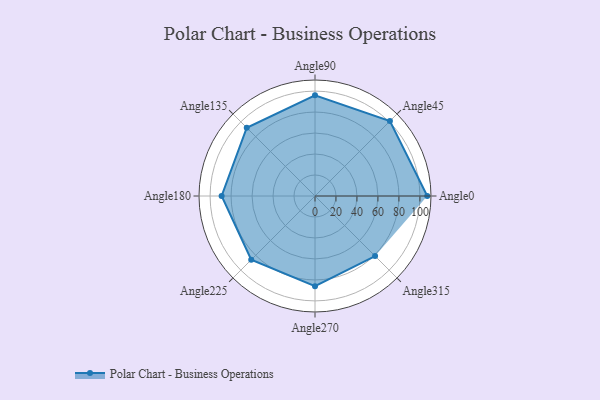
{"axis": {"x": "Angle", "y": "Radius"}, "legend": [""], "data": [{"x": "Angle0", "y": 107.0, "type": ""}, {"x": "Angle45", "y": 101.0, "type": ""}, {"x": "Angle90", "y": 96.0, "type": ""}, {"x": "Angle135", "y": 92.0, "type": ""}, {"x": "Angle180", "y": 89.0, "type": ""}, {"x": "Angle225", "y": 86.0, "type": ""}, {"x": "Angle270", "y": 86.0, "type": ""}, {"x": "Angle315", "y": 81.0, "type": ""}]}